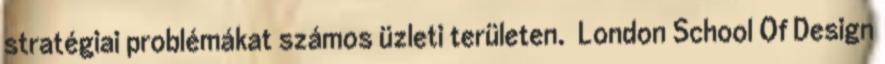
stratégiai problémákat számos üzleti területen. London School Of Design